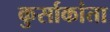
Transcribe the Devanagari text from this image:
कुर्साकांता